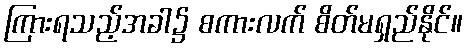
ကြားရသည့်အခါ၌ စကားလက် စိတ်မရှည်နိုင်။